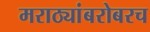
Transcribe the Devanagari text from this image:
मराठ्यांबरोबरच